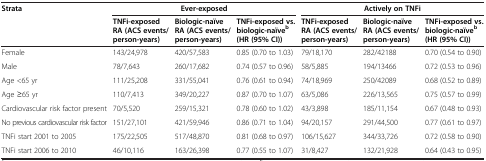
<table><thead><tr><td rowspan="2"><b>Strata</b></td><td colspan="3"><b>Ever-exposed</b></td><td colspan="3"><b>Actively on TNFi</b></td></tr><tr><td><b>TNFi-exposed RA (ACS events/person-years)</b></td><td><b>Biologic-naïve RA (ACS events/person-years)</b></td><td><b>TNFi-exposed vs. biologic-naïve<sup>b </sup>(HR (95% CI))</b></td><td><b>TNFi-exposed RA (ACS events/person-years)</b></td><td><b>Biologic-naïve RA (ACS events/person-years)</b></td><td><b>TNFi-exposed vs. biologic-naïve<sup>b </sup>(HR (95% CI))</b></td></tr></thead><tbody><tr><td>Female</td><td>143/24,978</td><td>420/57,583</td><td>0.85 (0.70 to 1.03)</td><td>79/18,170</td><td>282/42188</td><td>0.70 (0.54 to 0.90)</td></tr><tr><td>Male</td><td>78/7,643</td><td>260/17,682</td><td>0.74 (0.57 to 0.96)</td><td>58/5,885</td><td>194/13466</td><td>0.72 (0.53 to 0.96)</td></tr><tr><td>Age &lt;65 yr</td><td>111/25,208</td><td>331/55,041</td><td>0.76 (0.61 to 0.94)</td><td>74/18,969</td><td>250/42089</td><td>0.68 (0.52 to 0.89)</td></tr><tr><td>Age ≥65 yr</td><td>110/7,413</td><td>349/20,227</td><td>0.87 (0.70 to 1.07)</td><td>63/5,086</td><td>226/13,565</td><td>0.75 (0.57 to 0.99)</td></tr><tr><td>Cardiovascular risk factor present</td><td>70/5,520</td><td>259/15,321</td><td>0.78 (0.60 to 1.02)</td><td>43/3,898</td><td>185/11,154</td><td>0.67 (0.48 to 0.93)</td></tr><tr><td>No previous cardiovascular risk factor</td><td>151/27,101</td><td>421/59,946</td><td>0.86 (0.71 to 1.04)</td><td>94/20,157</td><td>291/44,500</td><td>0.77 (0.61 to 0.97)</td></tr><tr><td>TNFi start 2001 to 2005</td><td>175/22,505</td><td>517/48,870</td><td>0.81 (0.68 to 0.97)</td><td>106/15,627</td><td>344/33,726</td><td>0.72 (0.58 to 0.90)</td></tr><tr><td>TNFi start 2006 to 2010</td><td>46/10,116</td><td>163/26,398</td><td>0.77 (0.55 to 1.07)</td><td>31/8,427</td><td>132/21,928</td><td>0.64 (0.43 to 0.95)</td></tr></tbody></table>